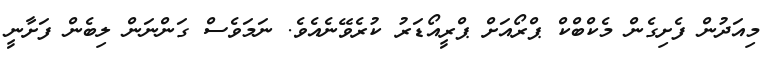
މިއަދުން ފެށިގެން މެކްބްކް ޕްރޯއަށް ޕްރީއޯޑަރު ކުރެވޭނެއެވެ. ނަމަވެސް ގަންނަން ލިބެން ފަށާނީ